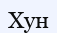
Хун